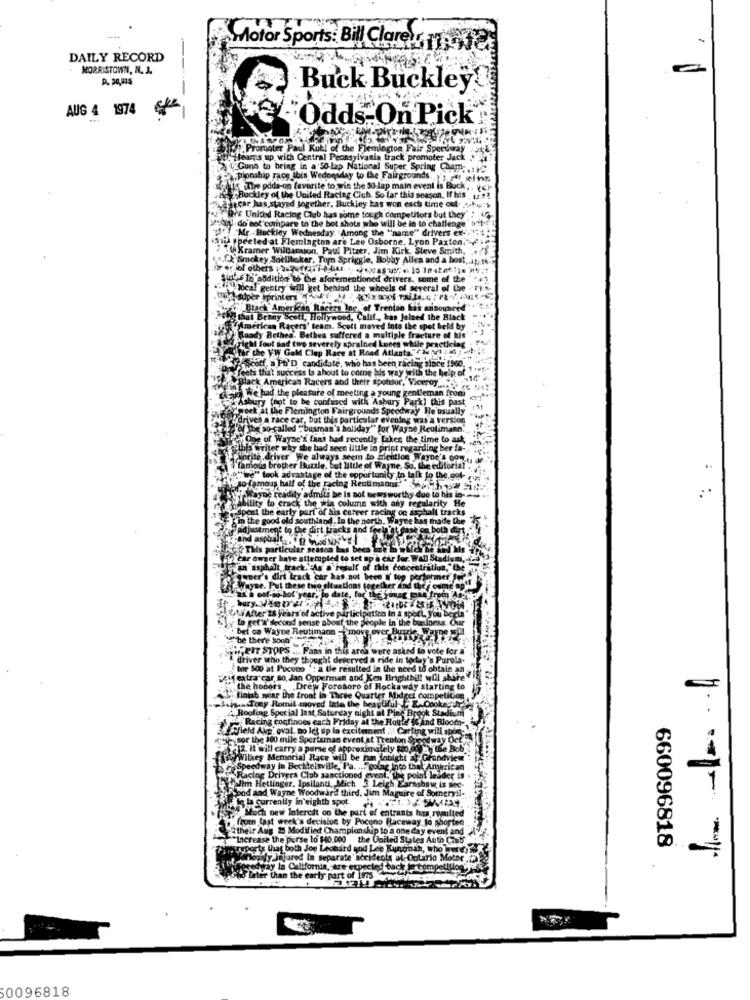
Motor Sports: Bill Clarets
DAILY RECORD
MORRISTOWN, N. J.
D. 30,015
Buck Buckley!
AUG 4 1974 €/
Odds:OnPick
Promoter Paul Kati d
of the Flemington Fair Speedway
Hearns up with Central Pennsylvania track promoter Jack
Gunn to bring in a'50-lap National Super Spring Chem. ...
pionship race ibis Wednesday to the Fairgrounds. . ' per efter.
.The odds-op favorite to win the 50-lap main event is Buck
Buckley of the Uni
Buckley of the United Racing Club. So far this season. If his
acar has stayed together, Buckley has won each time out.
VE United Racing Che
United Racing Club has some tough Competitors but they
do not compare to the bot shots who will be in to challenge
"Mr. Buckley Wednesday " Among the "name" drivers ex-".
pected at Flemington are Lee Osborne, Lyon Paxtoni
Kramer Williamson, Paul Pitrer, Jim Kirk. Steve Smith,
Smokey Soellboker, Tom Spriggle, Bobby Alles and a bost,
Oditico to the aforemer
gentry will get behind
ability to crack the win colur
ayDe E
y He
pent the early part of his con
in the good old southland . In th
djustment to the dirt tracks
Ind asphalt . p MidNAVE
This particular season bas
Friet
Chy sor the 300 mile S
2. It will carry a
do Wilkey Memorial
Speedway In Bect
Racing Drivers
w Nim He
HOW Much
cision by
yatheir Any 25 Modifie
ifled Champ
"Increase the por
perse to $40,000
660096818
reports that
Joe Leon
way la California
than the e
60096818